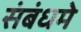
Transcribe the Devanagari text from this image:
संबंधमे